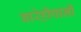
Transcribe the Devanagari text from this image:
बारेहीपानी